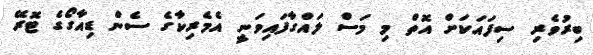
ބިރުވެރި ސިފައަކަށް އޮތް މި މަސް ލައްގާފައިވަނީ އެމެރިކާގެ ސެން ޑިއާގޯގެ ޓޮރޭ